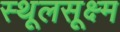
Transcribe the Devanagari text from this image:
स्थूलसूक्ष्म